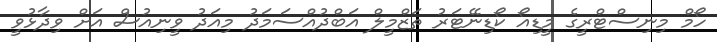
ހޯމް މިނިސްޓްރީގެ މީޑިއޯ ކޯޑިނޭޓަރު ތަޒްމީލް އަބްދުއްސަމަދު މިއަދު ވީނިއުސް އަށް ވިދާޅުވީ